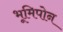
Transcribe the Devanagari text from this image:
भूमिपोन